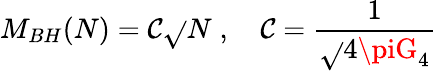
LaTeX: M_{BH}(N)={\cal\mathcal{C}}\sqrt{}{{N}}\; ,\quad{\cal\mathcal{C}}=\frac{{1}}{{\sqrt{}{{4\piG_{4}}}}}